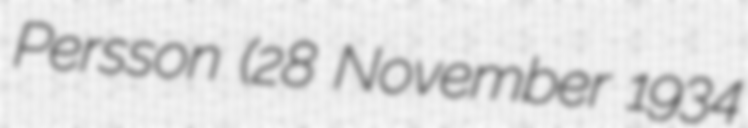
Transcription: Persson (28 November 1934